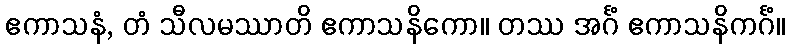
ဧကာသနံ, တံ သီလမဿာတိ ဧကာသနိကော။ တဿ အင်္ဂံ ဧကာသနိကင်္ဂံ။